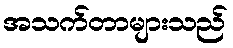
အသက်တာများသည်